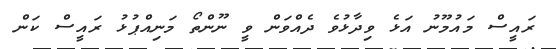
ރައީސް މައުމޫނު އަޅެ ވިދާޅުވެ ދެއްވަން ވީ ނޫންތޯ މަނިއްޕުޅު ރައީސް ކަން